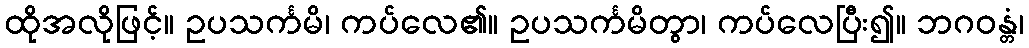
ထိုအလိုဖြင့်။ ဥပသင်္ကမိ၊ ကပ်လေ၏။ ဥပသင်္ကမိတွာ၊ ကပ်လေပြီး၍။ ဘဂဝန္တံ၊